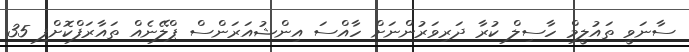
ސާނަވީ ތައުލީމް ހާސިލް ކުރާ ދަރިވަރުންނަށް ހާއްސަ އިންޝުއަރަންސް ޕްލޭނެއް ތައާރަފްކޮށްފި 35